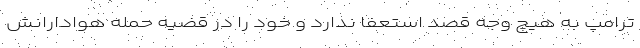
ترامپ به‌ هیچ وجه قصد استعفا ندارد و خود را در قضیه حمله هوادارانش